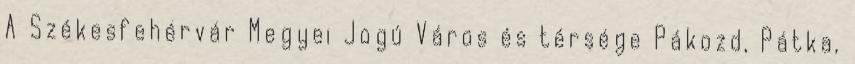
A Székesfehérvár Megyei Jogú Város és térsége Pákozd, Pátka,